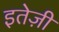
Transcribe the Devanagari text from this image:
इतेज़ी